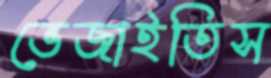
ভেজাইতিস